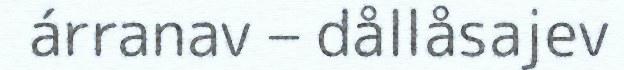
árranav – dållåsajev